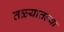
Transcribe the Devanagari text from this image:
तळ्यातल्या